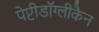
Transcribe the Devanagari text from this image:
पेप्टीडॉग्लीकैन